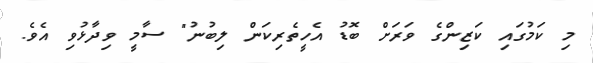
މި ކަމުގައި ކަޒިންގެ ވަރަށް ބޮޑު އެހީތެރިކަން ލިބުނު" ސާމީ ވިދާޅުވި އެވެ.